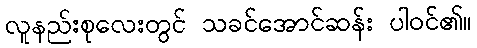
လူနည်းစုလေးတွင် သခင်အောင်ဆန်း ပါဝင်၏။